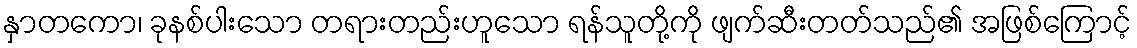
နှာတကော၊ ခုနစ်ပါးသော တရားတည်းဟူသော ရန်သူတို့ကို ဖျက်ဆီးတတ်သည်၏ အဖြစ်ကြောင့်